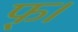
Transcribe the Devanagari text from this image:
फ्।